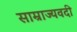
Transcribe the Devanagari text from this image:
साम्राज्यवदी